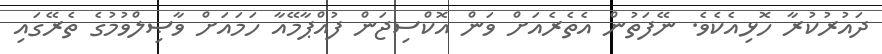
ދައުރުކުރާ ހޮޅިއެކެވެ. ނޭފަތުން އެތެރެއަށް ވަން އޮކްސިޖަން ފުއްޕާމޭއާ ހަމައަށް ވާޞިލްވުމުގެ ތެރޭގައި